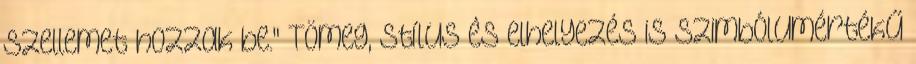
szellemet hozzak be." Tömeg, stílus és elhelyezés is szimbólumértékű